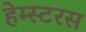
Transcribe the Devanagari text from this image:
हेम्स्टरस